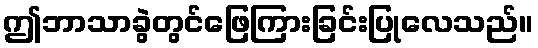
ဤဘာသာခွဲတွင်ဖြေကြားခြင်းပြုလေသည်။